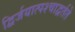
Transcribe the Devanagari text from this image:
द्विर्जयात्पश्‍चाद्वर्तते